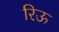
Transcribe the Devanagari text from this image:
रिऊ